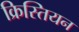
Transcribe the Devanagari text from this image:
क्रिस्तियन